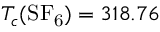
T _ { c } ( \mathrm { S F _ { 6 } } ) = 3 1 8 . 7 6